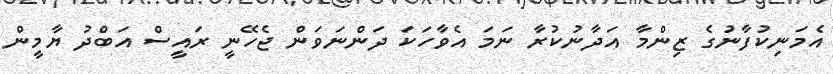
އެމަނިކުފާނުގެ ޒިންމާ އަދާނުކުރާ ނަމަ އެވާހަކަ ދަންނަވަން ޖެހޭނީ ރައީސް އަބްދު ޔާމީން